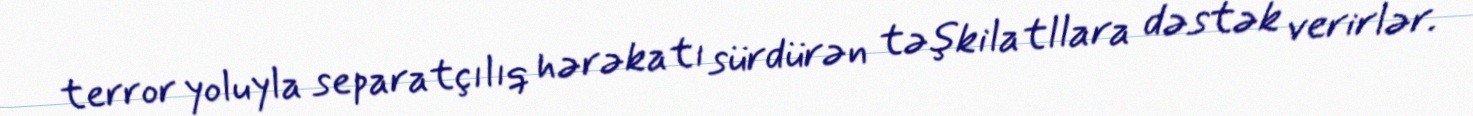
terror yoluyla separatçılıq hərəkatı sürdürən təşkilatllara dəstək verirlər.